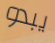
يبدو